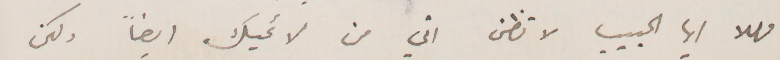
مهلا أيها الحبيب لا تظن اني من لائميك ايضًا ولكن